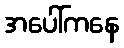
အပေါ်ကနေ